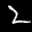
Label: 2